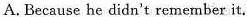
A.Because he didn't remember it.